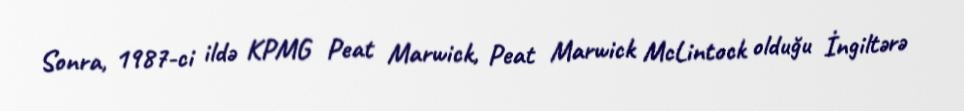
Sonra, 1987-ci ildə KPMG Peat Marwick, Peat Marwick McLintock olduğu İngiltərə